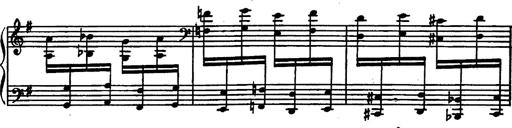
Title: Magyar rapszÃ³diÃ¡k
Composer: Franz Liszt